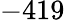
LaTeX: -419